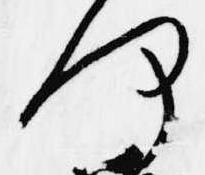
何